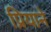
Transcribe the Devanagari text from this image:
प्रियाने